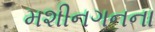
મશીનગનના